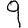
Digit: 9